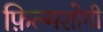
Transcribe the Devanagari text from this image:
फ़िल्मशोगी